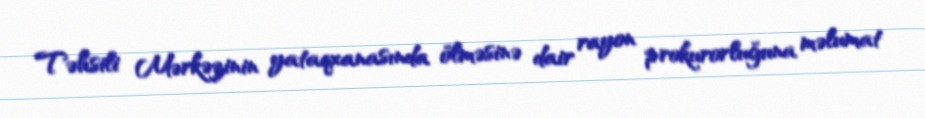
Təhsili Mərkəzinin yataqxanasında ölməsinə dair rayon prokurorluğuna məlumat